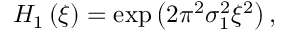
H _ { 1 } \left( \xi \right) = \exp \left( { 2 \pi ^ { 2 } \sigma _ { 1 } ^ { 2 } \xi ^ { 2 } } \right) ,